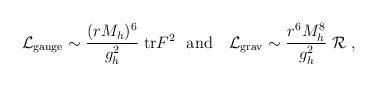
LaTeX: \begin{align*}{\cal L}_{\rm gauge} \sim {(rM_h)^6\over g_h^2}\; {\rm tr} F^2 \ \ {\rm and} \ \ \ {\cal L}_{\rm grav} \sim {r^6 M_h^8\over g_h^2}\; {\cal R}\ ,\end{align*}